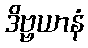
ဒိဗ္ဗယာနံ